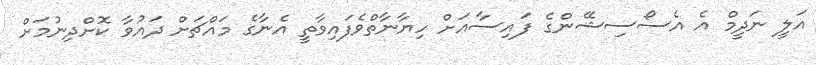
އަލީ ނަދީމް އެ އެސޯސިޝޭންގެ ފައިސާއަށް ހިޔާނާތްވެފައިވާތީ އެނާގެ މައްޗަށް ދައުވާ ކޮށްދިނުމަށް